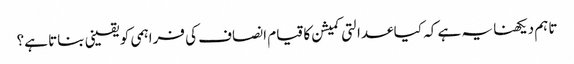
تاہم دیکھنا یہ ہے کہ کیا عدالتی کمیشن کا قیام انصاف کی فراہمی کو یقینی بناتا ہے؟